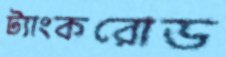
ট্যাংকরোড